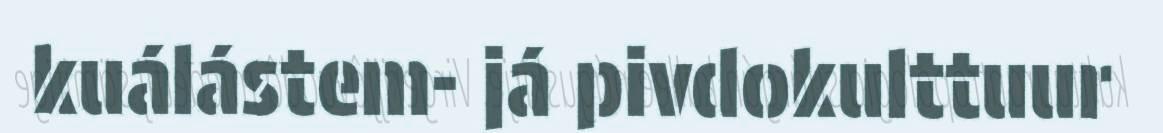
kuálástem- já pivdokulttuur